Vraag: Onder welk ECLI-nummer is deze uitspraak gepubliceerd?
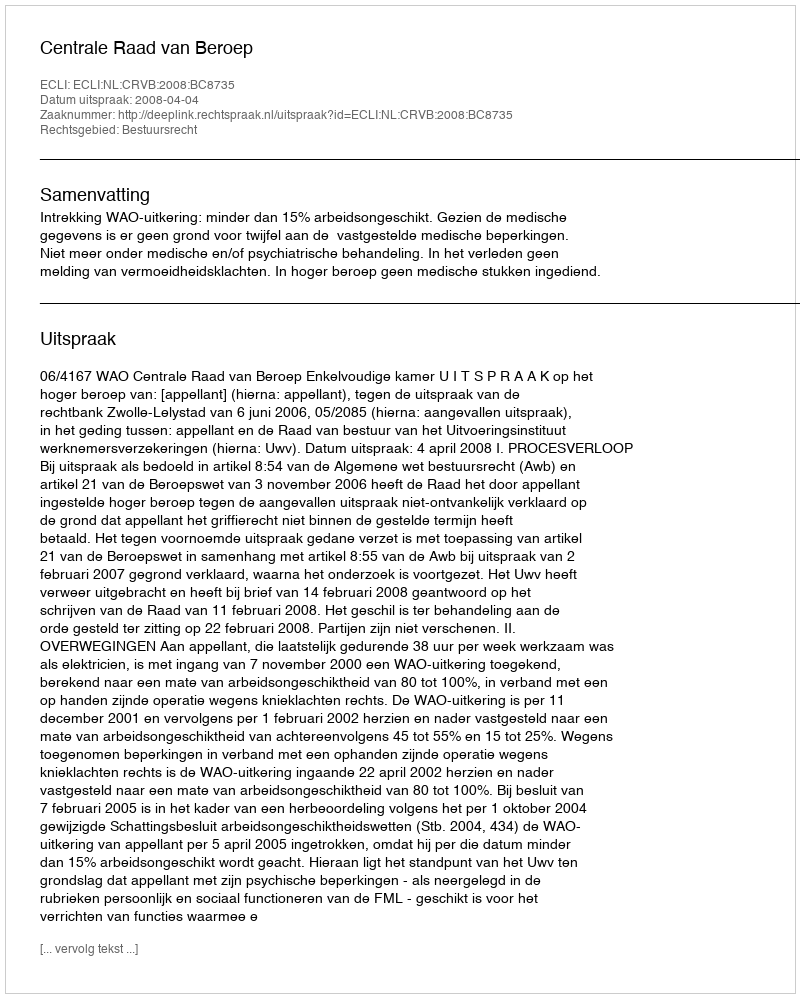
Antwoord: ECLI:NL:CRVB:2008:BC8735